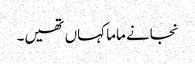
نجانے ماما کہاں تھیں۔